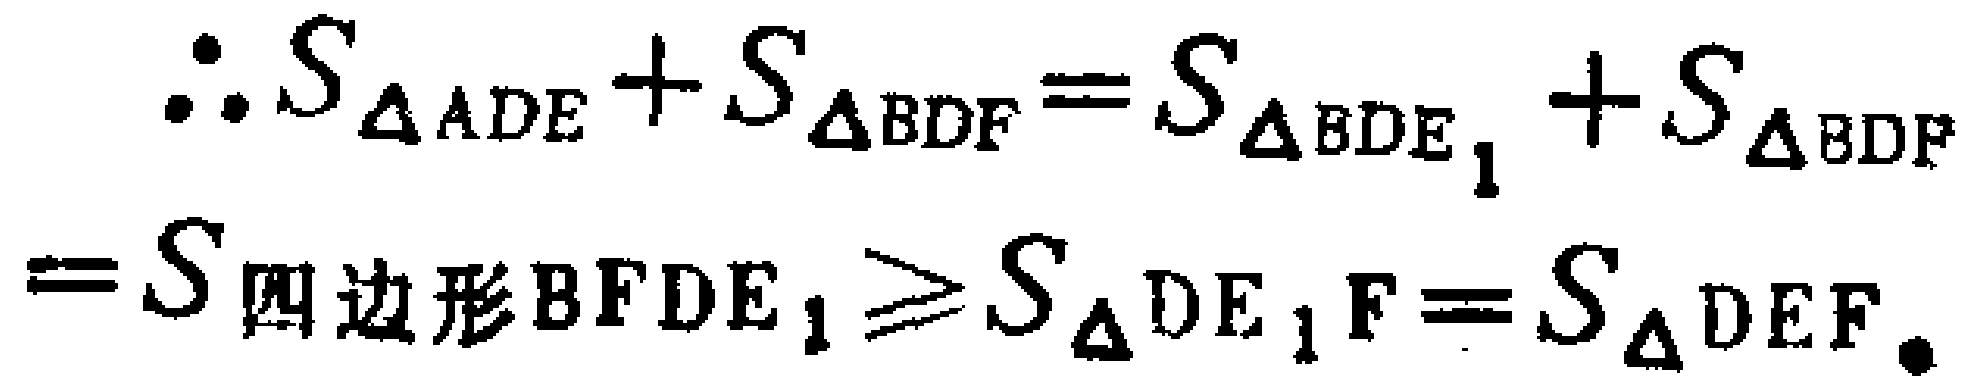
\(\therefore S_{\triangle ADE}+S_{\triangle BDF}=S_{\triangle BDE_{1}}+S_{\triangle BDF}=S_{四边形BFDE_{1}}\geq S_{\triangle DE_{1}F}=S_{\triangle DEF}.\)